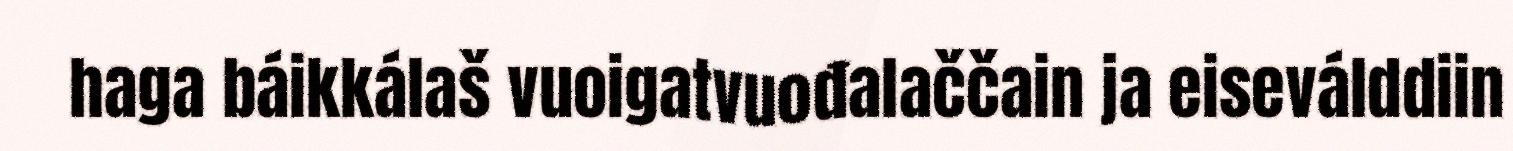
haga báikkálaš vuoigatvuođalaččain ja eiseválddiin